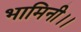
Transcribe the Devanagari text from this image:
भामिनी।।